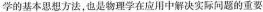
学的基本思想方法，也是物理学在应用中解决实际问题的重要